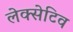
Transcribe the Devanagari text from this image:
लेक्सेटिव